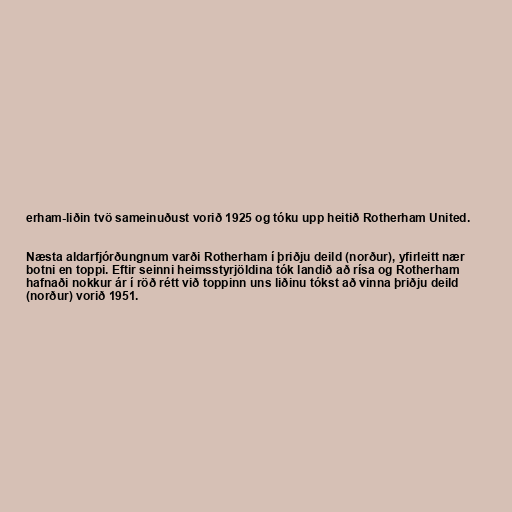
erham-liðin tvö sameinuðust vorið 1925 og tóku upp heitið Rotherham United.

Næsta aldarfjórðungnum varði Rotherham í þriðju deild (norður), yfirleitt nær
botni en toppi. Eftir seinni heimsstyrjöldina tók landið að rísa og Rotherham
hafnaði nokkur ár í röð rétt við toppinn uns liðinu tókst að vinna þriðju deild
(norður) vorið 1951.